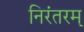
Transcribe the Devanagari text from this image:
निरंतरम्‌